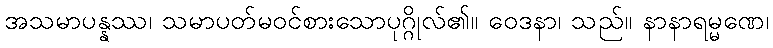
အသမာပန္နဿ၊ သမာပတ်မဝင်စားသောပုဂ္ဂိုလ်၏။ ဝေဒနာ၊ သည်။ နာနာရမ္မဏေ၊